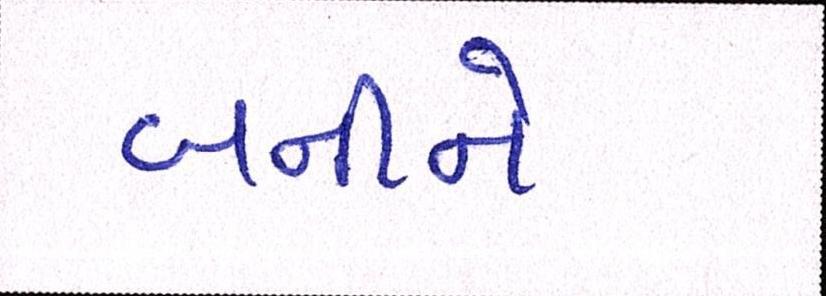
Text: બનીને